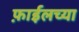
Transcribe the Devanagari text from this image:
फ़ाईलच्या